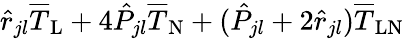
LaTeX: \hat{r}_{jl}\overline{{T}}_{\mathrm{L}}+4\hat{P}_{jl}\overline{{T}}_{\mathrm{N}}+(\hat{P}_{jl}+2\hat{r}_{jl})\overline{{T}}_{\mathrm{LN}}